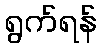
ရွက်ရန်